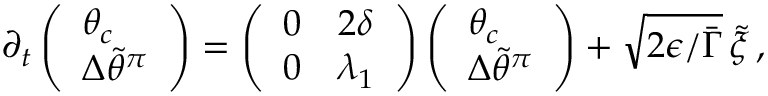
\begin{array} { r } { \partial _ { t } \left( \begin{array} { l } { \theta _ { c } } \\ { { \Delta \widetilde { \theta } ^ { \pi } } } \end{array} \right) = \left( \begin{array} { l l } { 0 } & { 2 \delta } \\ { 0 } & { \lambda _ { 1 } } \end{array} \right) \left( \begin{array} { l } { \theta _ { c } } \\ { { \Delta \widetilde { \theta } ^ { \pi } } } \end{array} \right) + \sqrt { 2 \epsilon / \bar { \Gamma } } \, \tilde { \xi } \, , } \end{array}